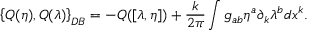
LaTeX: \left\{ Q ( \eta ) , Q ( \lambda ) \right\} _ { D B } = - Q ( [ \lambda , \eta ] ) + { \frac { k } { 2 \pi } } \int g _ { a b } \eta ^ { a } \partial _ { k } \lambda ^ { b } d x ^ { k } .